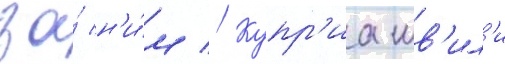
за́ н'и́м // Купр'иашв'ил'и